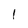
Character: l